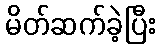
မိတ်ဆက်ခဲ့ပြီး